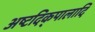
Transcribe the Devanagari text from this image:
अष्टदिक्‌पालादि